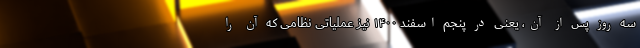
سه روز پس از آن، یعنی در پنجم اسفند ۱۴۰۰ نیز عملیاتی نظامی که آن را